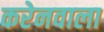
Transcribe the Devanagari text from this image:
करेनवाला